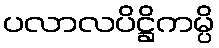
ပလာလပိဋ္ဌိကမ္ပိ